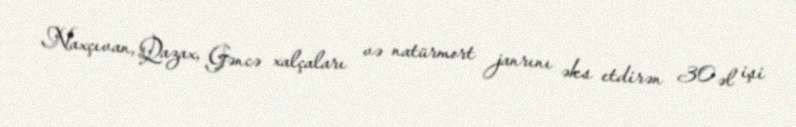
Naxçıvan, Qazax, Gəncə xalçaları və natürmort janrını əks etdirən 30 əl işi